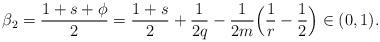
LaTeX: \begin{align*}\beta_2=\frac{1+s+\phi}{2} = \frac{1+s}{2}+ \frac{1}{2q}-\frac{1}{2m}\Big( \frac{1}{r} - \frac12\Big) \in (0,1).\end{align*}